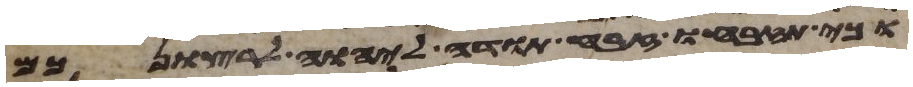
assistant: וכי תזבחו זבח תודה ליהוה לרצונכם